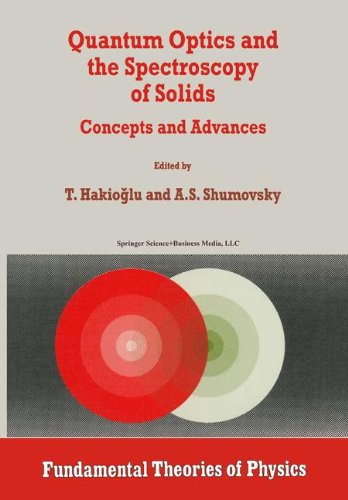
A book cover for Quantum Optics and the Spectroscopy of Solids: Concepts and Advances (Fundamental Theories of Physics); Science & Math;